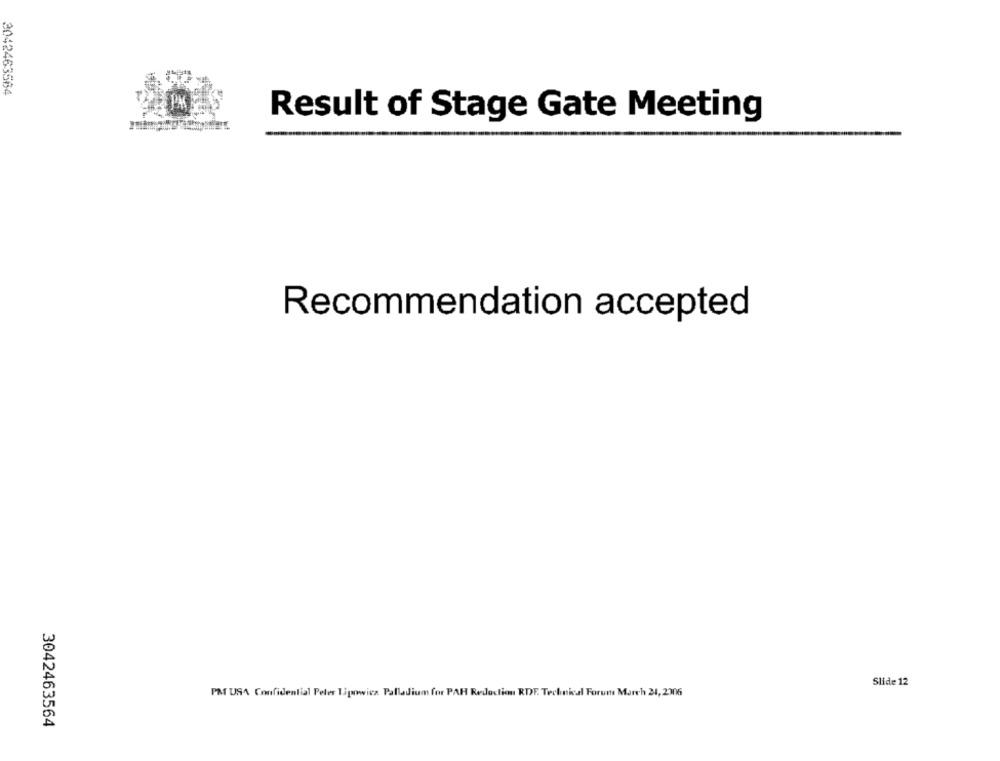
2042463564
Result of Stage Gate Meeting
Recommendation accepted
Slide 12
PMT USA Confidential Peter Tipowicz Palladium for PAR Redaction RDF. Technical Forum March 21, 2306
3042463564